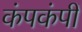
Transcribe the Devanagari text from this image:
कंपकंपीं